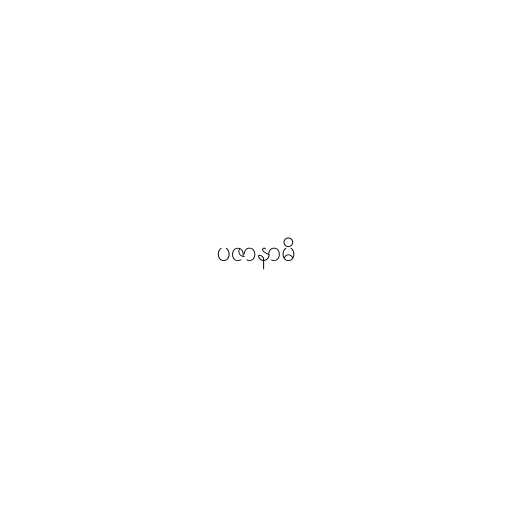
ပဇာနာမိ